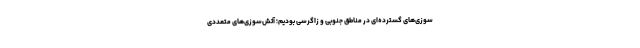
سوزی‌های گسترده‌ای در مناطق جنوبی و زاگرسی بودیم؛ آتش‌سوزی‌های متعددی